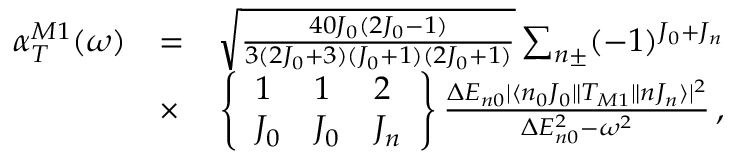
\begin{array} { r l r } { \alpha _ { T } ^ { M 1 } ( \omega ) } & { = } & { \sqrt { \frac { 4 0 J _ { 0 } ( 2 J _ { 0 } - 1 ) } { 3 ( 2 J _ { 0 } + 3 ) ( J _ { 0 } + 1 ) ( 2 J _ { 0 } + 1 ) } } \sum _ { n \pm } ( - 1 ) ^ { J _ { 0 } + J _ { n } } } \\ & { \times } & { \left\{ \begin{array} { l l l } { 1 } & { 1 } & { 2 } \\ { J _ { 0 } } & { J _ { 0 } } & { J _ { n } } \end{array} \right\} \frac { \Delta E _ { n 0 } | \langle n _ { 0 } J _ { 0 } \| T _ { M 1 } \| n J _ { n } \rangle | ^ { 2 } } { \Delta E _ { n 0 } ^ { 2 } - \omega ^ { 2 } } \, , } \end{array}